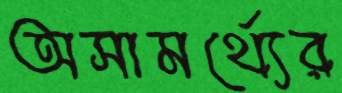
অসামর্থ্যের